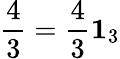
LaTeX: \frac{4}{3}=\frac{4}{3}{\mathbf 1}_{3}